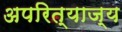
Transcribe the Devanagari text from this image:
अपरित्याज्य